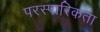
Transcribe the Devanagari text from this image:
परस्पारिकता